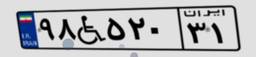
۹۸W۵۲۰۳۱